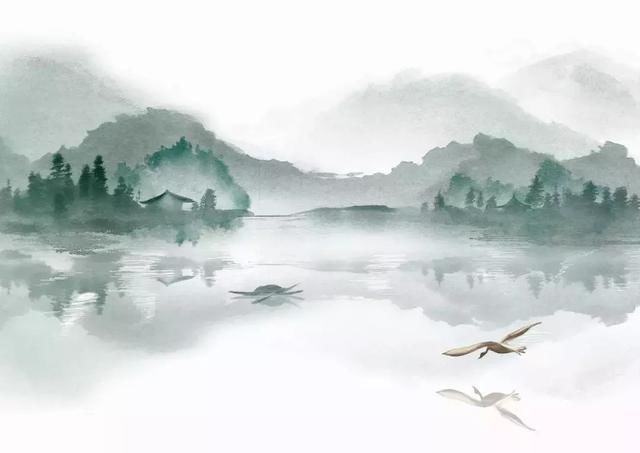
春风疑不到天涯，二月山城未见花。